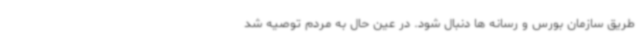
طریق سازمان بورس و رسانه ها دنبال شود. در عین حال به مردم توصیه شد